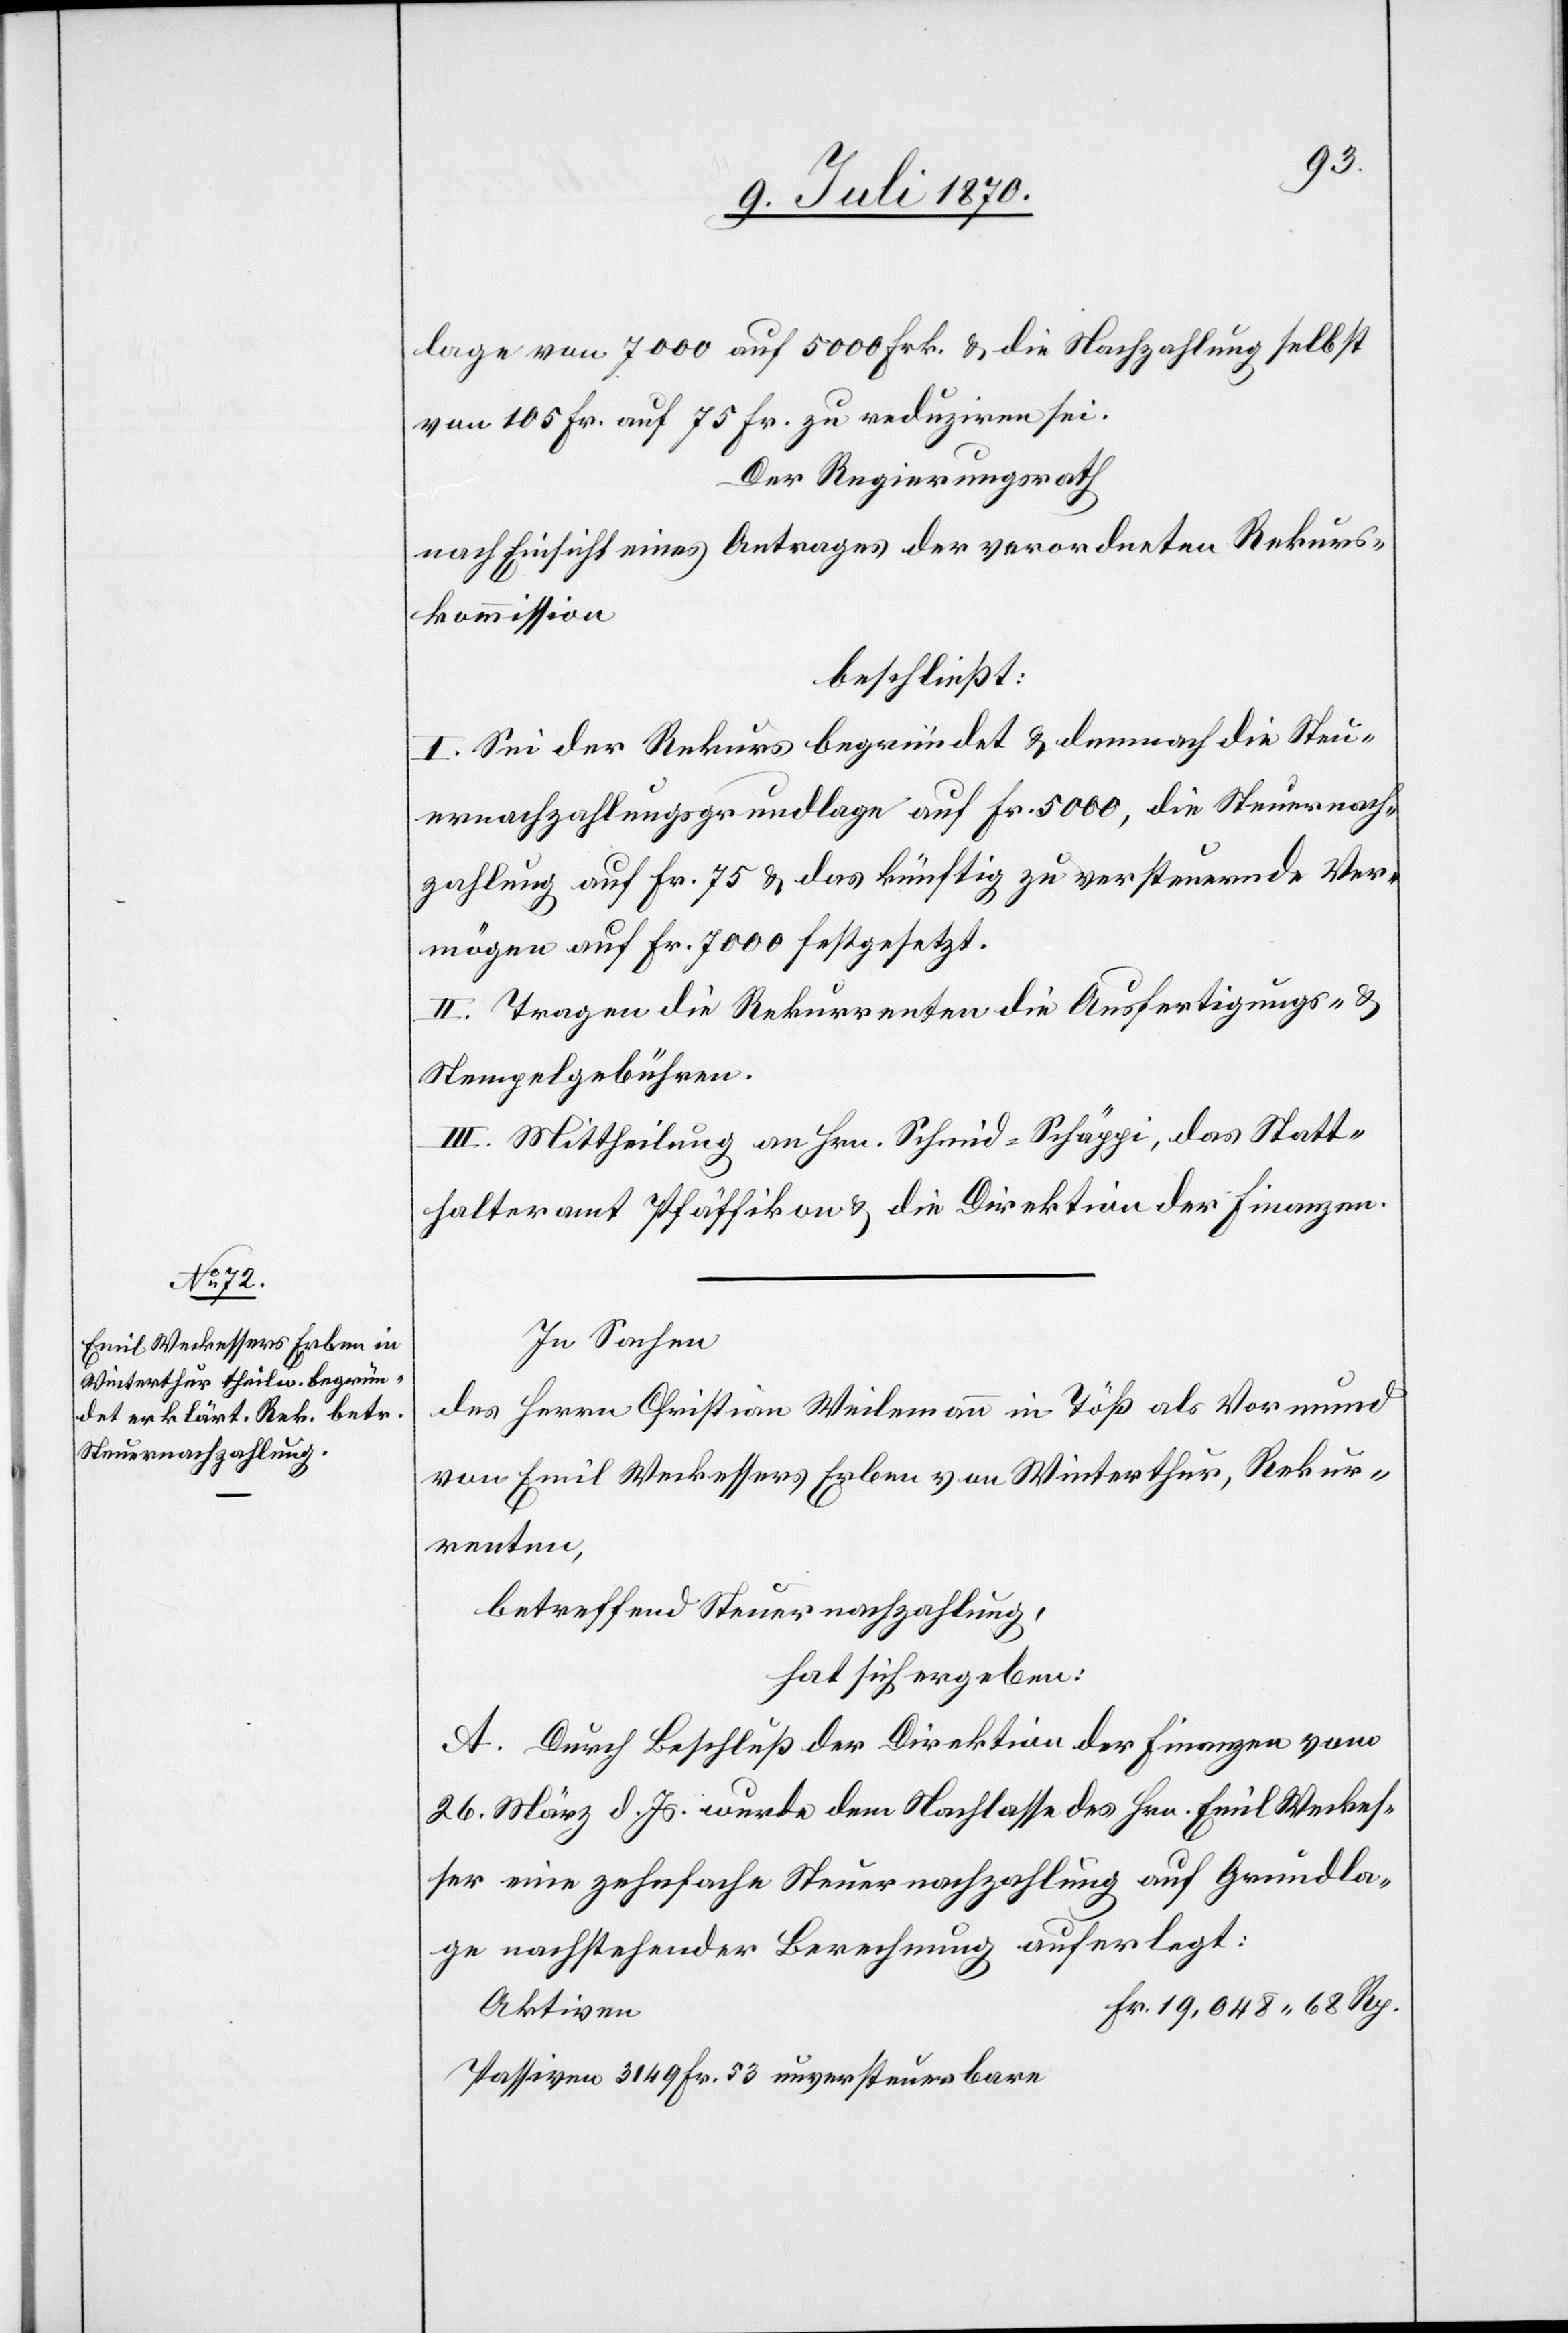
lage von 7000 auf 5000 Frk., & die Nachzahlung selbst
von 105 Fr. auf 75 Fr. zu reduziren sei.
Der Regierungsrath
nach Einsicht eines Antrages der verordneten Rekurs¬
kommission
beschließt:
I. Sei der Rekurs begründet & demnach die Steu¬
ernachzahlungsgrundlage auf Fr. 5000, die Steuernach¬
zahlung auf Fr. 75 & das künftig zu versteuernde Ver¬
mögen auf Fr. 7000 festgesetzt.
II. Tragen die Rekurrenten die Ausfertigungs- &
Stempelgebühren.
III. Mittheilung an Hrn. Schmid-Schäppi, das Statt¬
halteramt Pfäffikon & die Direktion der Finanzen.
In Sachen
des Herrn Christian Weilemann in Töß als Vormund
von Emil Weckessers Erben von Winterthur, Rekur¬
renten,
betreffend Steuernachzahlung,
hat sich ergeben:
A. Durch Beschluß der Direktion der Finanzen vom
26. März d. Js. wurde dem Nachlasse des Hrn. Emil Weckes¬
ser eine zehnfache Steuernachzahlung auf Grundla¬
ge nachstehender Berechnung auferlegt:
Aktiven
Passiven 3149 Fr. 53 unversteuerbare